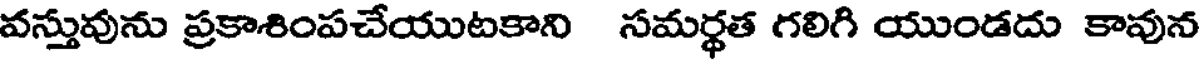
వస్తువును ప్రకాశింపచేయుటకాని సమర్థత గలిగి యుండదు కావున